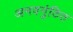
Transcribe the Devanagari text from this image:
अनवगुंठित